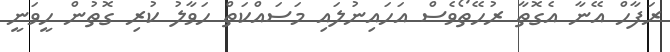
ރަފާހް އޭނާ އެގޮތާ ރުހޭތޯވެސް އަހައިނުލައި މަސައްކަތް ހަވާލު ކުރި ގޮތުން ހީވަނީ